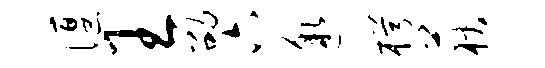
偃王劭六邈枵荻